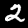
Digit: 2